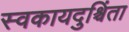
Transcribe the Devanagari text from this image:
स्वकायदुश्चिंता